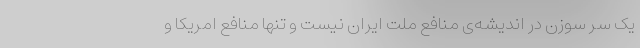
یک سرِ سوزن در اندیشه‌ی منافع ملت ایران نیست و تنها منافع امریکا و